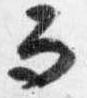
而